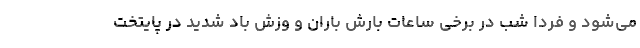
می‌شود و فردا شب در برخی ساعات بارش باران و وزش باد شدید در پایتخت